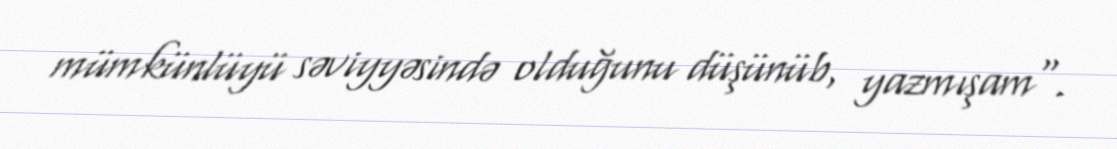
mümkünlüyü səviyyəsində olduğunu düşünüb, yazmışam".